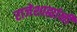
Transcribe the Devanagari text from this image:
राजेशाह्यांनी